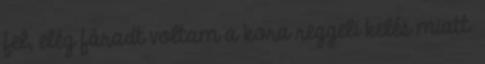
fel, elég fáradt voltam a kora reggeli kelés miatt.